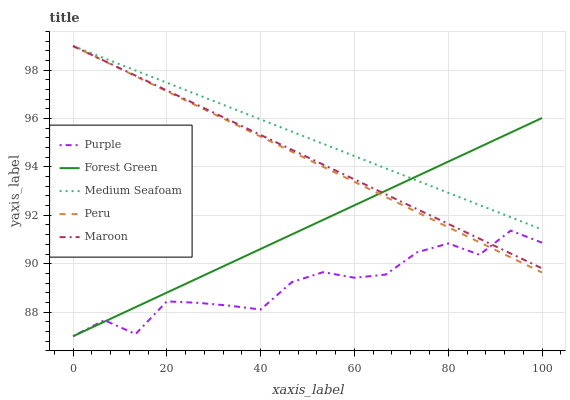
| xaxis_label | Purple | Forest Green | Medium Seafoam | Peru | Maroon |
 | --- | --- | --- | --- | --- | --- |
 | 0 | 87 | 87 | 99 | 99 | 99 |
 | 6.67 | 87.7 | 87.6 | 98.5 | 98.4 | 98.4 |
 | 13.3 | 87.1 | 88.2 | 98 | 97.8 | 97.8 |
 | 20 | 88.4 | 88.8 | 97.5 | 97.1 | 97.2 |
 | 26.7 | 88.4 | 89.4 | 97 | 96.5 | 96.5 |
 | 33.3 | 88.3 | 90 | 96.5 | 95.9 | 95.9 |
 | 40 | 88.1 | 90.6 | 96 | 95.3 | 95.3 |
 | 46.7 | 89.2 | 91.2 | 95.5 | 94.6 | 94.7 |
 | 53.3 | 89.6 | 91.8 | 95 | 94 | 94.1 |
 | 60 | 89.4 | 92.4 | 94.4 | 93.4 | 93.5 |
 | 66.7 | 89.5 | 93 | 93.9 | 92.8 | 92.9 |
 | 73.3 | 90.5 | 93.6 | 93.4 | 92.1 | 92.3 |
 | 80 | 90.8 | 94.2 | 92.9 | 91.5 | 91.6 |
 | 86.7 | 90.4 | 94.8 | 92.4 | 90.9 | 91 |
 | 93.3 | 91.4 | 95.4 | 91.9 | 90.3 | 90.4 |
 | 100 | 90.9 | 96 | 91.4 | 89.6 | 89.8 |